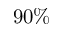
9 0 \%